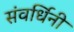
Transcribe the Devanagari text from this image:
संवर्धिनी